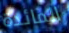
المائدة